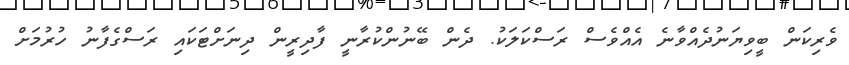
ވެރިކަން ބީވިޔަނުދެއްވާނެ އެއްވެސް ރަސްކަލަކު. ދެން ބޭނުންކުރާނީ ފާދިރީން ދިނަށްޓަކައި ރަސްގެފާނު ހުރުމަށް